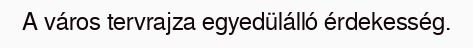
A város tervrajza egyedülálló érdekesség.